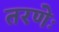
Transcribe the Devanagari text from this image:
तरणेः